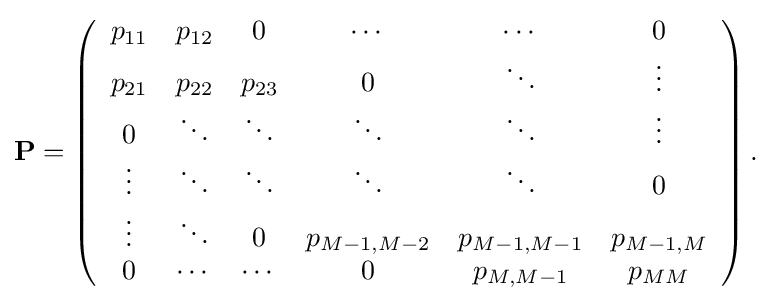
{\bf {{P}=\left({\begin{array}{cccccc}p_{11}&p_{12}&0&\cdots &\cdots &0\\p_{21}&p_{22}&p_{23}&0&\ddots &\vdots \\0&\ddots &\ddots &\ddots &\ddots &\vdots \\\vdots &\ddots &\ddots &\ddots &\ddots &0\\\vdots &\ddots &0&p_{M-1,M-2}&p_{M-1,M-1}&p_{M-1,M}\\0&\cdots &\cdots &0&p_{M,M-1}&p_{MM}\\\end{array}}\right).}}